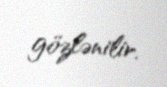
gözlənilir.